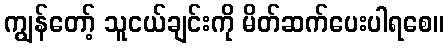
ကျွန်တော့် သူငယ်ချင်းကို မိတ်ဆက်ပေးပါရစေ။